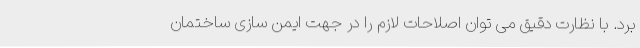
برد. با نظارت دقیق می توان اصلاحات لازم را در جهت ایمن سازی ساختمان